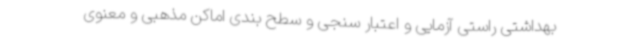
بهداشتی راستی آزمایی و اعتبار سنجی و سطح بندی اماکن مذهبی و معنوی